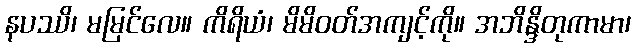
နပဿိ၊ မမြင်လေ။ ကိရိယံ၊ မိမိဝတ်အကျင့်ကို။ အဘိန္ဒိတုကာမာ၊